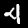
Digit: 4